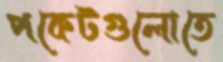
পকেটগুলোতে